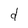
Character: d